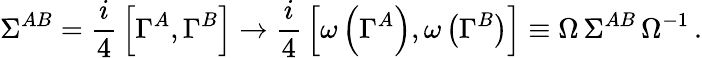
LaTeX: \Sigma^{AB}={\frac{i}{4}}\left[\Gamma^{A},\Gamma^{B}\right]\to{\frac{i}{4}}\left[\omega\left(\Gamma^{A}\right),\omega\left(\Gamma^{B}\right)\right]\equiv\Omega\, \Sigma^{AB}\, \Omega^{-1}\, .